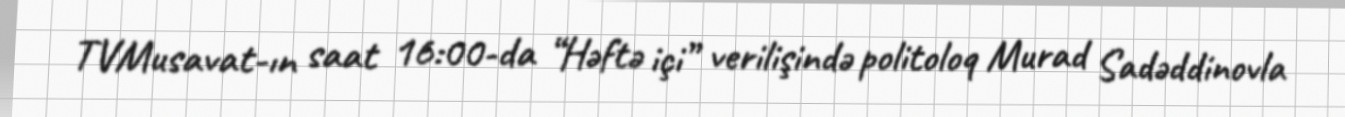
TVMusavat-ın saat 16:00-da “Həftə içi” verilişində politoloq Murad Sadəddinovla